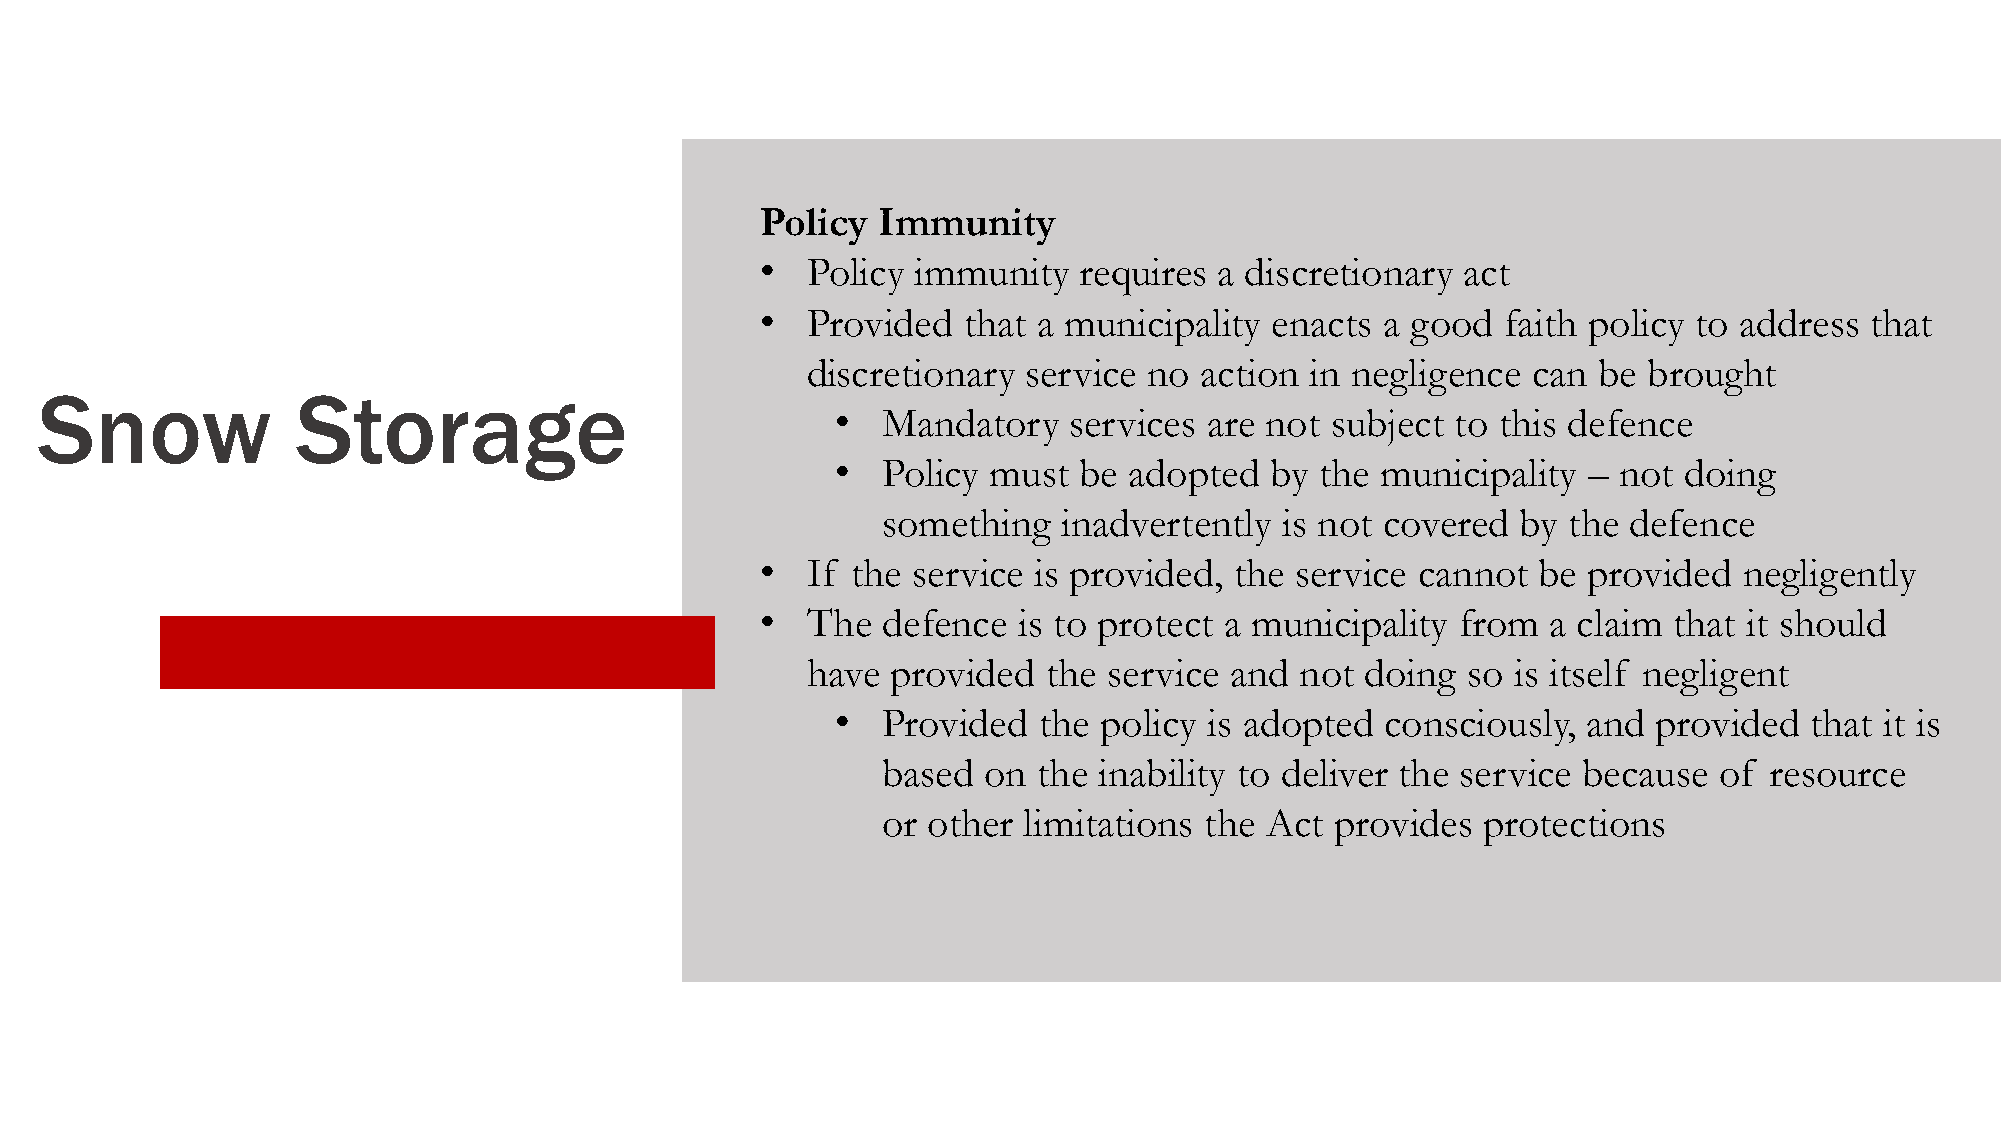
Policy  Immunity
 •  Policy  immunity  requires  a discretionary act
 •  Provided   that a municipality enacts a good   faith policy to address that
 discretionary  service no action  in negligence can  be brought
 Snow              Storage
 •  Mandatory    services are not subject to this defence
 •  Policy must  be  adopted  by the municipality  – not doing
 something   inadvertently  is not covered  by the defence
 •  If the service is provided,  the service cannot  be provided  negligently
 •  The  defence  is to protect a municipality  from  a claim that it should
 have  provided  the service and  not doing  so is itself negligent
 •  Provided   the policy is adopted  consciously, and  provided  that it is
 based  on  the inability to deliver the service because of resource
 or other  limitations the Act provides  protections